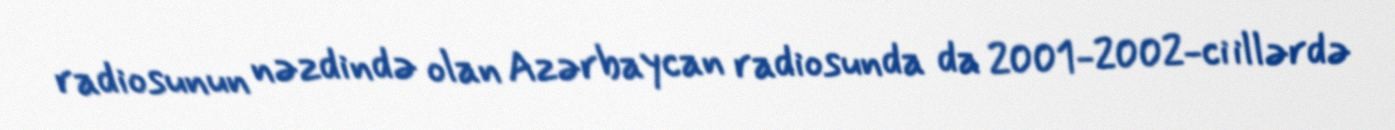
radiosunun nəzdində olan Azərbaycan radiosunda da 2001-2002-ci illərdə